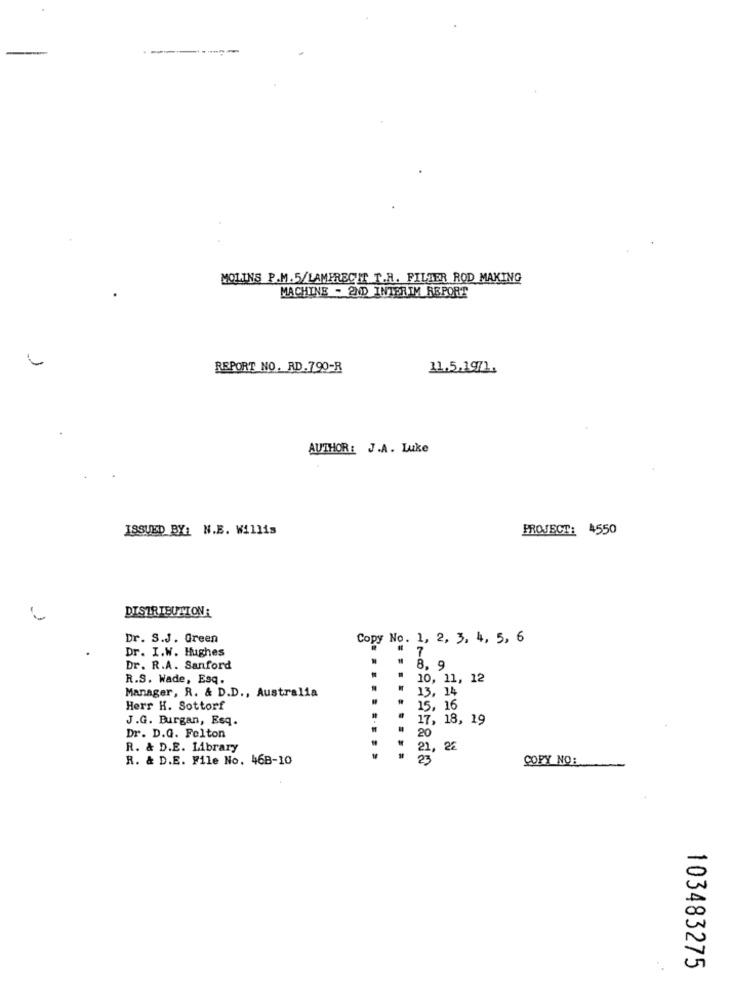
--
MOLINS P.M.5/LAMPRECHT T.R. FILZER ROD MAKING
MACHINE - 2ND INTERIM REPORT
REPORT NO. RD.790-R
11.5,1971.
AUTHOR: J.A. Luke
ISSUED BY: N.E. Willis
PROJECT: 4550
DISTRIBUTION:
Dr. S.J. Green
Copy No. 1, 2, 3, 4, 5, 6
Dr. I.W. Hughes
7
Dr. R.A. Sanford
8. 9
R.S. Wade, Esq.
.
10, 11, 12
.
13, 14
Manager, R. & D.D ., Australia
Herr H. Sottorf
15, 16
J.G. Burgan, Esq.
.
17, 18, 19
Dr. D.G. Felton
20
R. & D.E. Library
21, 22
R. & D.E. File No. 46B-10
23
COPY NO:
103483275